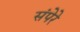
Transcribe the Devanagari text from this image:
संपेरे